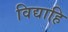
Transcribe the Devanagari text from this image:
विद्याहि